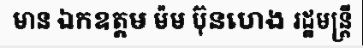
មាន ឯកឧត្តម ម៉ម ប៊ុនហេង រដ្ឋមន្ត្រី